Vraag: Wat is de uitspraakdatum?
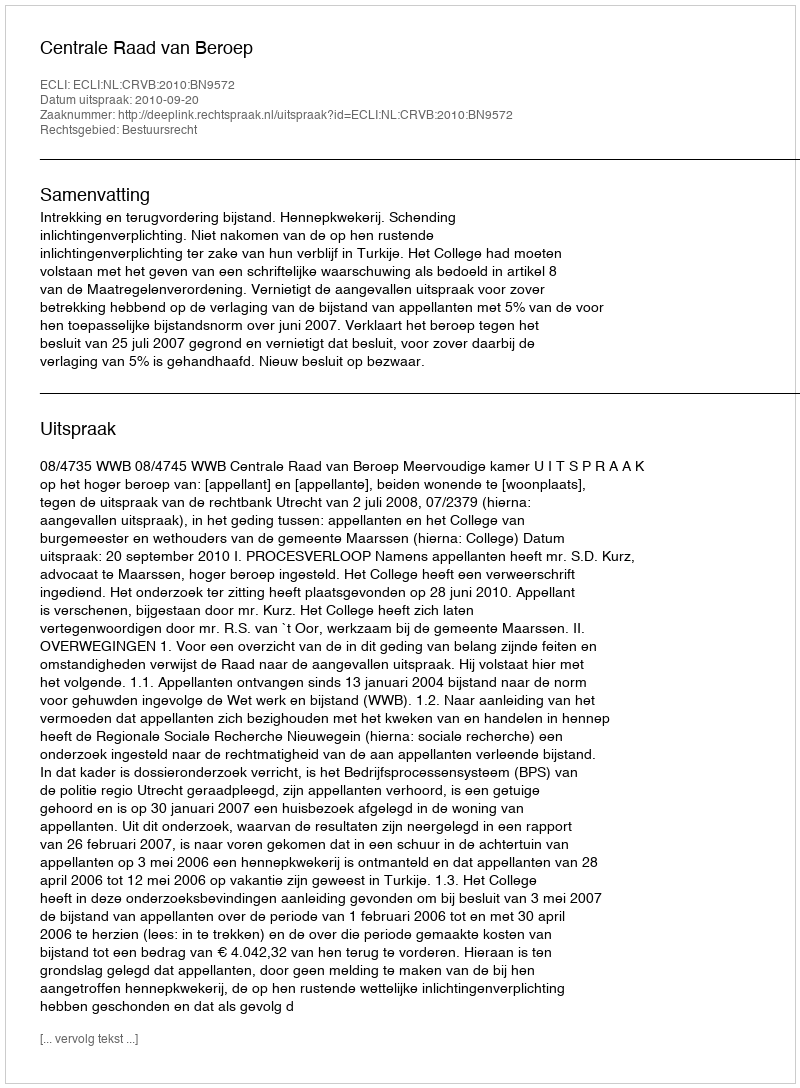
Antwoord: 2010-09-20